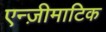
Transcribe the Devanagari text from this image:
एन्ज़ीमाटिक